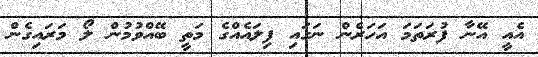
އެއީ އޭނާ ފުރަތަމަ އަހަރެން ނަގައި ފިލައެއްގެ މަތީ ބޭއްވުމުން ލޯ މަރައިގެން